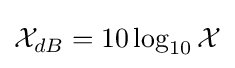
{\mathcal {X}}_{dB}=10\log _{10}{\mathcal {X}}